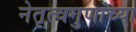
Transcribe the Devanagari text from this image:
नेतृत्वगुणांच्या